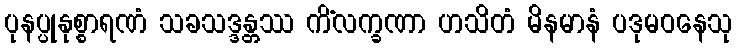
ပုနပ္ပုနုစ္စာရဏံ သခသဒ္ဒန္တဿ ကိံလက္ခဏာ ဟသိတံ မိနမာနံ ပဒုမဝနေသု